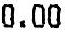
0.00